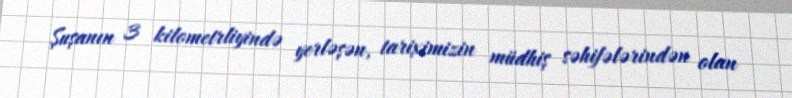
Şuşanın 3 kilometrliyində yerləşən, tariximizin müdhiş səhifələrindən olan